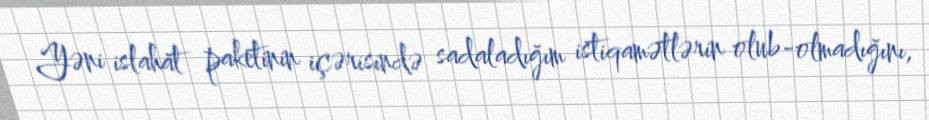
Yəni islahat paketinin içərisində sadaladığım istiqamətlərin olub-olmadığını,